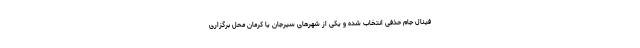
فینال جام حذفی انتخاب شده و یکی از شهرهای سیرجان یا کرمان محل برگزاری